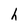
Character: h